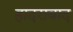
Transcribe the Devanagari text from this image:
हादराबाद